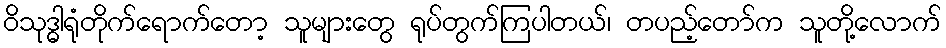
ဝိသုဒ္ဓါရုံတိုက်ရောက်တော့ သူများတွေ ရုပ်တွက်ကြပါတယ်၊ တပည့်တော်က သူတို့လောက်